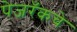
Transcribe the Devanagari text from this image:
पेजरँकचे